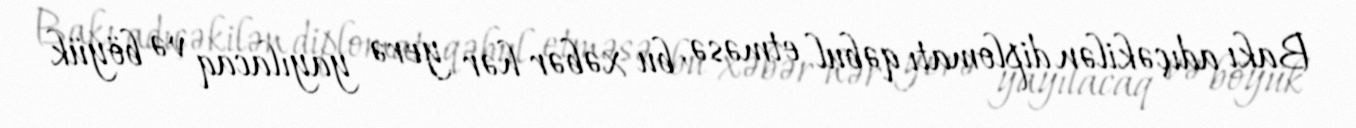
Bakı adıçəkilən diplomatı qəbul etməsə, bu xəbər hər yerə yayılacaq və böyük